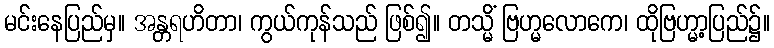
မင်းနေပြည်မှ။ အန္တရဟိတာ၊ ကွယ်ကုန်သည် ဖြစ်၍။ တသ္မိံ ဗြဟ္မလောကေ၊ ထိုဗြဟ္မာ့ပြည်၌။